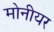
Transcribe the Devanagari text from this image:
मोनीयर